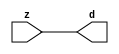

//------> ./rtl_mgc_ioport.v 
//------------------------------------------------------------------
//                M G C _ I O P O R T _ C O M P S
//------------------------------------------------------------------

//------------------------------------------------------------------
//                       M O D U L E S
//------------------------------------------------------------------

//------------------------------------------------------------------
//-- INPUT ENTITIES
//------------------------------------------------------------------

module mgc_in_wire (d, z);

  parameter integer rscid = 1;
  parameter integer width = 8;

  output [width-1:0] d;
  input  [width-1:0] z;

  wire   [width-1:0] d;

  assign d = z;

endmodule

//------------------------------------------------------------------

module mgc_in_wire_en (ld, d, lz, z);

  parameter integer rscid = 1;
  parameter integer width = 8;

  input              ld;
  output [width-1:0] d;
  output             lz;
  input  [width-1:0] z;

  wire   [width-1:0] d;
  wire               lz;

  assign d = z;
  assign lz = ld;

endmodule

//------------------------------------------------------------------

module mgc_in_wire_wait (ld, vd, d, lz, vz, z);

  parameter integer rscid = 1;
  parameter integer width = 8;

  input              ld;
  output             vd;
  output [width-1:0] d;
  output             lz;
  input              vz;
  input  [width-1:0] z;

  wire               vd;
  wire   [width-1:0] d;
  wire               lz;

  assign d = z;
  assign lz = ld;
  assign vd = vz;

endmodule
//------------------------------------------------------------------

module mgc_chan_in (ld, vd, d, lz, vz, z, size, req_size, sizez, sizelz);

  parameter integer rscid = 1;
  parameter integer width = 8;
  parameter integer sz_width = 8;

  input              ld;
  output             vd;
  output [width-1:0] d;
  output             lz;
  input              vz;
  input  [width-1:0] z;
  output [sz_width-1:0] size;
  input              req_size;
  input  [sz_width-1:0] sizez;
  output             sizelz;


  wire               vd;
  wire   [width-1:0] d;
  wire               lz;
  wire   [sz_width-1:0] size;
  wire               sizelz;

  assign d = z;
  assign lz = ld;
  assign vd = vz;
  assign size = sizez;
  assign sizelz = req_size;

endmodule


//------------------------------------------------------------------
//-- OUTPUT ENTITIES
//------------------------------------------------------------------

module mgc_out_stdreg (d, z);

  parameter integer rscid = 1;
  parameter integer width = 8;

  input    [width-1:0] d;
  output   [width-1:0] z;

  wire     [width-1:0] z;

  assign z = d;

endmodule

//------------------------------------------------------------------

module mgc_out_stdreg_en (ld, d, lz, z);

  parameter integer rscid = 1;
  parameter integer width = 8;

  input              ld;
  input  [width-1:0] d;
  output             lz;
  output [width-1:0] z;

  wire               lz;
  wire   [width-1:0] z;

  assign z = d;
  assign lz = ld;

endmodule

//------------------------------------------------------------------

module mgc_out_stdreg_wait (ld, vd, d, lz, vz, z);

  parameter integer rscid = 1;
  parameter integer width = 8;

  input              ld;
  output             vd;
  input  [width-1:0] d;
  output             lz;
  input              vz;
  output [width-1:0] z;

  wire               vd;
  wire               lz;
  wire   [width-1:0] z;

  assign z = d;
  assign lz = ld;
  assign vd = vz;

endmodule

//------------------------------------------------------------------

module mgc_out_prereg_en (ld, d, lz, z);

    parameter integer rscid = 1;
    parameter integer width = 8;

    input              ld;
    input  [width-1:0] d;
    output             lz;
    output [width-1:0] z;

    wire               lz;
    wire   [width-1:0] z;

    assign z = d;
    assign lz = ld;

endmodule

//------------------------------------------------------------------
//-- INOUT ENTITIES
//------------------------------------------------------------------

module mgc_inout_stdreg_en (ldin, din, ldout, dout, lzin, lzout, z);

    parameter integer rscid = 1;
    parameter integer width = 8;

    input              ldin;
    output [width-1:0] din;
    input              ldout;
    input  [width-1:0] dout;
    output             lzin;
    output             lzout;
    inout  [width-1:0] z;

    wire   [width-1:0] din;
    wire               lzin;
    wire               lzout;
    wire   [width-1:0] z;

    assign lzin = ldin;
    assign din = ldin ? z : {width{1'bz}};
    assign lzout = ldout;
    assign z = ldout ? dout : {width{1'bz}};

endmodule

//------------------------------------------------------------------
module hid_tribuf( I_SIG, ENABLE, O_SIG);
  parameter integer width = 8;

  input [width-1:0] I_SIG;
  input ENABLE;
  inout [width-1:0] O_SIG;

  assign O_SIG = (ENABLE) ? I_SIG : { width{1'bz}};

endmodule
//------------------------------------------------------------------

module mgc_inout_stdreg_wait (ldin, vdin, din, ldout, vdout, dout, lzin, vzin, lzout, vzout, z);

    parameter integer rscid = 1;
    parameter integer width = 8;

    input              ldin;
    output             vdin;
    output [width-1:0] din;
    input              ldout;
    output             vdout;
    input  [width-1:0] dout;
    output             lzin;
    input              vzin;
    output             lzout;
    input              vzout;
    inout  [width-1:0] z;

    wire               vdin;
    wire   [width-1:0] din;
    wire               vdout;
    wire               lzin;
    wire               lzout;
    wire   [width-1:0] z;
    wire   ldout_and_vzout;

    assign lzin = ldin;
    assign vdin = vzin;
    assign din = ldin ? z : {width{1'bz}};
    assign lzout = ldout;
    assign vdout = vzout ;
    assign ldout_and_vzout = ldout && vzout ;

    hid_tribuf #(width) tb( .I_SIG(dout),
                            .ENABLE(ldout_and_vzout),
                            .O_SIG(z) );

endmodule

//------------------------------------------------------------------

module mgc_inout_buf_wait (clk, en, arst, srst, ldin, vdin, din, ldout, vdout, dout, lzin, vzin, lzout, vzout, z);

    parameter integer rscid   = 0; // resource ID
    parameter integer width   = 8; // fifo width
    parameter         ph_clk  =  1'b1; // clock polarity 1=rising edge, 0=falling edge
    parameter         ph_en   =  1'b1; // clock enable polarity
    parameter         ph_arst =  1'b1; // async reset polarity
    parameter         ph_srst =  1'b1; // sync reset polarity

    input              clk;
    input              en;
    input              arst;
    input              srst;
    input              ldin;
    output             vdin;
    output [width-1:0] din;
    input              ldout;
    output             vdout;
    input  [width-1:0] dout;
    output             lzin;
    input              vzin;
    output             lzout;
    input              vzout;
    inout  [width-1:0] z;

    wire               lzout_buf;
    wire               vzout_buf;
    wire   [width-1:0] z_buf;
    wire               vdin;
    wire   [width-1:0] din;
    wire               vdout;
    wire               lzin;
    wire               lzout;
    wire   [width-1:0] z;

    assign lzin = ldin;
    assign vdin = vzin;
    assign din = ldin ? z : {width{1'bz}};
    assign lzout = lzout_buf & ~ldin;
    assign vzout_buf = vzout & ~ldin;
    hid_tribuf #(width) tb( .I_SIG(z_buf),
                            .ENABLE((lzout_buf && (!ldin) && vzout) ),
                            .O_SIG(z)  );

    mgc_out_buf_wait
    #(
        .rscid   (rscid),
        .width   (width),
        .ph_clk  (ph_clk),
        .ph_en   (ph_en),
        .ph_arst (ph_arst),
        .ph_srst (ph_srst)
    )
    BUFF
    (
        .clk     (clk),
        .en      (en),
        .arst    (arst),
        .srst    (srst),
        .ld      (ldout),
        .vd      (vdout),
        .d       (dout),
        .lz      (lzout_buf),
        .vz      (vzout_buf),
        .z       (z_buf)
    );


endmodule

module mgc_inout_fifo_wait (clk, en, arst, srst, ldin, vdin, din, ldout, vdout, dout, lzin, vzin, lzout, vzout, z);

    parameter integer rscid   = 0; // resource ID
    parameter integer width   = 8; // fifo width
    parameter integer fifo_sz = 8; // fifo depth
    parameter         ph_clk  = 1'b1;  // clock polarity 1=rising edge, 0=falling edge
    parameter         ph_en   = 1'b1;  // clock enable polarity
    parameter         ph_arst = 1'b1;  // async reset polarity
    parameter         ph_srst = 1'b1;  // sync reset polarity
    parameter integer ph_log2 = 3;     // log2(fifo_sz)
    parameter integer pwropt  = 0;     // pwropt

    input              clk;
    input              en;
    input              arst;
    input              srst;
    input              ldin;
    output             vdin;
    output [width-1:0] din;
    input              ldout;
    output             vdout;
    input  [width-1:0] dout;
    output             lzin;
    input              vzin;
    output             lzout;
    input              vzout;
    inout  [width-1:0] z;

    wire               lzout_buf;
    wire               vzout_buf;
    wire   [width-1:0] z_buf;
    wire               comb;
    wire               vdin;
    wire   [width-1:0] din;
    wire               vdout;
    wire               lzin;
    wire               lzout;
    wire   [width-1:0] z;

    assign lzin = ldin;
    assign vdin = vzin;
    assign din = ldin ? z : {width{1'bz}};
    assign lzout = lzout_buf & ~ldin;
    assign vzout_buf = vzout & ~ldin;
    assign comb = (lzout_buf && (!ldin) && vzout);

    hid_tribuf #(width) tb2( .I_SIG(z_buf), .ENABLE(comb), .O_SIG(z)  );

    mgc_out_fifo_wait
    #(
        .rscid   (rscid),
        .width   (width),
        .fifo_sz (fifo_sz),
        .ph_clk  (ph_clk),
        .ph_en   (ph_en),
        .ph_arst (ph_arst),
        .ph_srst (ph_srst),
        .ph_log2 (ph_log2),
        .pwropt  (pwropt)
    )
    FIFO
    (
        .clk   (clk),
        .en      (en),
        .arst    (arst),
        .srst    (srst),
        .ld      (ldout),
        .vd      (vdout),
        .d       (dout),
        .lz      (lzout_buf),
        .vz      (vzout_buf),
        .z       (z_buf)
    );

endmodule

//------------------------------------------------------------------
//-- I/O SYNCHRONIZATION ENTITIES
//------------------------------------------------------------------

module mgc_io_sync (ld, lz);

    input  ld;
    output lz;

    assign lz = ld;

endmodule

module mgc_bsync_rdy (rd, rz);

    parameter integer rscid   = 0; // resource ID
    parameter ready = 1;
    parameter valid = 0;

    input  rd;
    output rz;

    wire   rz;

    assign rz = rd;

endmodule

module mgc_bsync_vld (vd, vz);

    parameter integer rscid   = 0; // resource ID
    parameter ready = 0;
    parameter valid = 1;

    output vd;
    input  vz;

    wire   vd;

    assign vd = vz;

endmodule

module mgc_bsync_rv (rd, vd, rz, vz);

    parameter integer rscid   = 0; // resource ID
    parameter ready = 1;
    parameter valid = 1;

    input  rd;
    output vd;
    output rz;
    input  vz;

    wire   vd;
    wire   rz;

    assign rz = rd;
    assign vd = vz;

endmodule

//------------------------------------------------------------------

module mgc_sync (ldin, vdin, ldout, vdout);

  input  ldin;
  output vdin;
  input  ldout;
  output vdout;

  wire   vdin;
  wire   vdout;

  assign vdin = ldout;
  assign vdout = ldin;

endmodule

///////////////////////////////////////////////////////////////////////////////
// dummy function used to preserve funccalls for modulario
// it looks like a memory read to the caller
///////////////////////////////////////////////////////////////////////////////
module funccall_inout (d, ad, bd, z, az, bz);

  parameter integer ram_id = 1;
  parameter integer width = 8;
  parameter integer addr_width = 8;

  output [width-1:0]       d;
  input  [addr_width-1:0]  ad;
  input                    bd;
  input  [width-1:0]       z;
  output [addr_width-1:0]  az;
  output                   bz;

  wire   [width-1:0]       d;
  wire   [addr_width-1:0]  az;
  wire                     bz;

  assign d  = z;
  assign az = ad;
  assign bz = bd;

endmodule


///////////////////////////////////////////////////////////////////////////////
// inlinable modular io not otherwise found in mgc_ioport
///////////////////////////////////////////////////////////////////////////////

module modulario_en_in (vd, d, vz, z);

  parameter integer rscid = 1;
  parameter integer width = 8;

  output             vd;
  output [width-1:0] d;
  input              vz;
  input  [width-1:0] z;

  wire   [width-1:0] d;
  wire               vd;

  assign d = z;
  assign vd = vz;

endmodule

//------> ./rtl_mgc_ioport_v2001.v 
//------------------------------------------------------------------

module mgc_out_reg_pos (clk, en, arst, srst, ld, d, lz, z);

    parameter integer rscid   = 1;
    parameter integer width   = 8;
    parameter         ph_en   =  1'b1;
    parameter         ph_arst =  1'b1;
    parameter         ph_srst =  1'b1;

    input              clk;
    input              en;
    input              arst;
    input              srst;
    input              ld;
    input  [width-1:0] d;
    output             lz;
    output [width-1:0] z;

    reg                lz;
    reg    [width-1:0] z;

    generate
    if (ph_arst == 1'b0)
    begin: NEG_ARST
        always @(posedge clk or negedge arst)
        if (arst == 1'b0)
        begin: B1
            lz <= 1'b0;
            z  <= {width{1'b0}};
        end
        else if (srst == ph_srst)
        begin: B2
            lz <= 1'b0;
            z  <= {width{1'b0}};
        end
        else if (en == ph_en)
        begin: B3
            lz <= ld;
            z  <= (ld) ? d : z;
        end
    end
    else
    begin: POS_ARST
        always @(posedge clk or posedge arst)
        if (arst == 1'b1)
        begin: B1
            lz <= 1'b0;
            z  <= {width{1'b0}};
        end
        else if (srst == ph_srst)
        begin: B2
            lz <= 1'b0;
            z  <= {width{1'b0}};
        end
        else if (en == ph_en)
        begin: B3
            lz <= ld;
            z  <= (ld) ? d : z;
        end
    end
    endgenerate

endmodule

//------------------------------------------------------------------

module mgc_out_reg_neg (clk, en, arst, srst, ld, d, lz, z);

    parameter integer rscid   = 1;
    parameter integer width   = 8;
    parameter         ph_en   =  1'b1;
    parameter         ph_arst =  1'b1;
    parameter         ph_srst =  1'b1;

    input              clk;
    input              en;
    input              arst;
    input              srst;
    input              ld;
    input  [width-1:0] d;
    output             lz;
    output [width-1:0] z;

    reg                lz;
    reg    [width-1:0] z;

    generate
    if (ph_arst == 1'b0)
    begin: NEG_ARST
        always @(negedge clk or negedge arst)
        if (arst == 1'b0)
        begin: B1
            lz <= 1'b0;
            z  <= {width{1'b0}};
        end
        else if (srst == ph_srst)
        begin: B2
            lz <= 1'b0;
            z  <= {width{1'b0}};
        end
        else if (en == ph_en)
        begin: B3
            lz <= ld;
            z  <= (ld) ? d : z;
        end
    end
    else
    begin: POS_ARST
        always @(negedge clk or posedge arst)
        if (arst == 1'b1)
        begin: B1
            lz <= 1'b0;
            z  <= {width{1'b0}};
        end
        else if (srst == ph_srst)
        begin: B2
            lz <= 1'b0;
            z  <= {width{1'b0}};
        end
        else if (en == ph_en)
        begin: B3
            lz <= ld;
            z  <= (ld) ? d : z;
        end
    end
    endgenerate

endmodule

//------------------------------------------------------------------

module mgc_out_reg (clk, en, arst, srst, ld, d, lz, z); // Not Supported

    parameter integer rscid   = 1;
    parameter integer width   = 8;
    parameter         ph_clk  =  1'b1;
    parameter         ph_en   =  1'b1;
    parameter         ph_arst =  1'b1;
    parameter         ph_srst =  1'b1;

    input              clk;
    input              en;
    input              arst;
    input              srst;
    input              ld;
    input  [width-1:0] d;
    output             lz;
    output [width-1:0] z;


    generate
    if (ph_clk == 1'b0)
    begin: NEG_EDGE

        mgc_out_reg_neg
        #(
            .rscid   (rscid),
            .width   (width),
            .ph_en   (ph_en),
            .ph_arst (ph_arst),
            .ph_srst (ph_srst)
        )
        mgc_out_reg_neg_inst
        (
            .clk     (clk),
            .en      (en),
            .arst    (arst),
            .srst    (srst),
            .ld      (ld),
            .d       (d),
            .lz      (lz),
            .z       (z)
        );

    end
    else
    begin: POS_EDGE

        mgc_out_reg_pos
        #(
            .rscid   (rscid),
            .width   (width),
            .ph_en   (ph_en),
            .ph_arst (ph_arst),
            .ph_srst (ph_srst)
        )
        mgc_out_reg_pos_inst
        (
            .clk     (clk),
            .en      (en),
            .arst    (arst),
            .srst    (srst),
            .ld      (ld),
            .d       (d),
            .lz      (lz),
            .z       (z)
        );

    end
    endgenerate

endmodule




//------------------------------------------------------------------

module mgc_out_buf_wait (clk, en, arst, srst, ld, vd, d, vz, lz, z); // Not supported

    parameter integer rscid   = 1;
    parameter integer width   = 8;
    parameter         ph_clk  =  1'b1;
    parameter         ph_en   =  1'b1;
    parameter         ph_arst =  1'b1;
    parameter         ph_srst =  1'b1;

    input              clk;
    input              en;
    input              arst;
    input              srst;
    input              ld;
    output             vd;
    input  [width-1:0] d;
    output             lz;
    input              vz;
    output [width-1:0] z;

    wire               filled;
    wire               filled_next;
    wire   [width-1:0] abuf;
    wire               lbuf;


    assign filled_next = (filled & (~vz)) | (filled & ld) | (ld & (~vz));

    assign lbuf = ld & ~(filled ^ vz);

    assign vd = vz | ~filled;

    assign lz = ld | filled;

    assign z = (filled) ? abuf : d;

    wire dummy;
    wire dummy_bufreg_lz;

    // Output registers:
    mgc_out_reg
    #(
        .rscid   (rscid),
        .width   (1'b1),
        .ph_clk  (ph_clk),
        .ph_en   (ph_en),
        .ph_arst (ph_arst),
        .ph_srst (ph_srst)
    )
    STATREG
    (
        .clk     (clk),
        .en      (en),
        .arst    (arst),
        .srst    (srst),
        .ld      (filled_next),
        .d       (1'b0),       // input d is unused
        .lz      (filled),
        .z       (dummy)            // output z is unused
    );

    mgc_out_reg
    #(
        .rscid   (rscid),
        .width   (width),
        .ph_clk  (ph_clk),
        .ph_en   (ph_en),
        .ph_arst (ph_arst),
        .ph_srst (ph_srst)
    )
    BUFREG
    (
        .clk     (clk),
        .en      (en),
        .arst    (arst),
        .srst    (srst),
        .ld      (lbuf),
        .d       (d),
        .lz      (dummy_bufreg_lz),
        .z       (abuf)
    );

endmodule

//------------------------------------------------------------------

module mgc_out_fifo_wait (clk, en, arst, srst, ld, vd, d, lz, vz,  z);

    parameter integer rscid   = 0; // resource ID
    parameter integer width   = 8; // fifo width
    parameter integer fifo_sz = 8; // fifo depth
    parameter         ph_clk  = 1'b1; // clock polarity 1=rising edge, 0=falling edge
    parameter         ph_en   = 1'b1; // clock enable polarity
    parameter         ph_arst = 1'b1; // async reset polarity
    parameter         ph_srst = 1'b1; // sync reset polarity
    parameter integer ph_log2 = 3; // log2(fifo_sz)
    parameter integer pwropt  = 0; // pwropt


    input                 clk;
    input                 en;
    input                 arst;
    input                 srst;
    input                 ld;    // load data
    output                vd;    // fifo full active low
    input     [width-1:0] d;
    output                lz;    // fifo ready to send
    input                 vz;    // dest ready for data
    output    [width-1:0] z;

    wire    [31:0]      size;


      // Output registers:
 mgc_out_fifo_wait_core#(
        .rscid   (rscid),
        .width   (width),
        .sz_width (32),
        .fifo_sz (fifo_sz),
        .ph_clk  (ph_clk),
        .ph_en   (ph_en),
        .ph_arst (ph_arst),
        .ph_srst (ph_srst),
        .ph_log2 (ph_log2),
        .pwropt  (pwropt)
        ) CORE (
        .clk (clk),
        .en (en),
        .arst (arst),
        .srst (srst),
        .ld (ld),
        .vd (vd),
        .d (d),
        .lz (lz),
        .vz (vz),
        .z (z),
        .size (size)
        );

endmodule



module mgc_out_fifo_wait_core (clk, en, arst, srst, ld, vd, d, lz, vz,  z, size);

    parameter integer rscid   = 0; // resource ID
    parameter integer width   = 8; // fifo width
    parameter integer sz_width = 8; // size of port for elements in fifo
    parameter integer fifo_sz = 8; // fifo depth
    parameter         ph_clk  =  1'b1; // clock polarity 1=rising edge, 0=falling edge
    parameter         ph_en   =  1'b1; // clock enable polarity
    parameter         ph_arst =  1'b1; // async reset polarity
    parameter         ph_srst =  1'b1; // sync reset polarity
    parameter integer ph_log2 = 3; // log2(fifo_sz)
    parameter integer pwropt  = 0; // pwropt

   localparam integer  fifo_b = width * fifo_sz;

    input                 clk;
    input                 en;
    input                 arst;
    input                 srst;
    input                 ld;    // load data
    output                vd;    // fifo full active low
    input     [width-1:0] d;
    output                lz;    // fifo ready to send
    input                 vz;    // dest ready for data
    output    [width-1:0] z;
    output    [sz_width-1:0]      size;

    reg      [( (fifo_sz > 0) ? fifo_sz : 1)-1:0] stat_pre;
    wire     [( (fifo_sz > 0) ? fifo_sz : 1)-1:0] stat;
    reg      [( (fifo_b > 0) ? fifo_b : 1)-1:0] buff_pre;
    wire     [( (fifo_b > 0) ? fifo_b : 1)-1:0] buff;
    reg      [( (fifo_sz > 0) ? fifo_sz : 1)-1:0] en_l;
    reg      [(((fifo_sz > 0) ? fifo_sz : 1)-1)/8:0] en_l_s;

    reg       [width-1:0] buff_nxt;

    reg                   stat_nxt;
    reg                   stat_before;
    reg                   stat_after;
    reg                   en_l_var;

    integer               i;
    genvar                eni;

    wire [32:0]           size_t;
    reg [31:0]            count;
    reg [31:0]            count_t;
    reg [32:0]            n_elem;
// pragma translate_off
    reg [31:0]            peak;
// pragma translate_on

    wire [( (fifo_sz > 0) ? fifo_sz : 1)-1:0] dummy_statreg_lz;
    wire [( (fifo_b > 0) ? fifo_b : 1)-1:0] dummy_bufreg_lz;

    generate
    if ( fifo_sz > 0 )
    begin: FIFO_REG
      assign vd = vz | ~stat[0];
      assign lz = ld | stat[fifo_sz-1];
      assign size_t = (count - (vz && stat[fifo_sz-1])) + ld;
      assign size = size_t[sz_width-1:0];
      assign z = (stat[fifo_sz-1]) ? buff[fifo_b-1:width*(fifo_sz-1)] : d;

      always @(*)
      begin: FIFOPROC
        n_elem = 33'b0;
        for (i = fifo_sz-1; i >= 0; i = i - 1)
        begin
          if (i != 0)
            stat_before = stat[i-1];
          else
            stat_before = 1'b0;

          if (i != (fifo_sz-1))
            stat_after = stat[i+1];
          else
            stat_after = 1'b1;

          stat_nxt = stat_after &
                    (stat_before | (stat[i] & (~vz)) | (stat[i] & ld) | (ld & (~vz)));

          stat_pre[i] = stat_nxt;
          en_l_var = 1'b1;
          if (!stat_nxt)
            begin
              buff_nxt = {width{1'b0}};
              en_l_var = 1'b0;
            end
          else if (vz && stat_before)
            buff_nxt[0+:width] = buff[width*(i-1)+:width];
          else if (ld && !((vz && stat_before) || ((!vz) && stat[i])))
            buff_nxt = d;
          else
            begin
              if (pwropt == 0)
                buff_nxt[0+:width] = buff[width*i+:width];
              else
                buff_nxt = {width{1'b0}};
              en_l_var = 1'b0;
            end

          if (ph_en != 0)
            en_l[i] = en & en_l_var;
          else
            en_l[i] = en | ~en_l_var;

          buff_pre[width*i+:width] = buff_nxt[0+:width];

          if ((stat_after == 1'b1) && (stat[i] == 1'b0))
            n_elem = ($unsigned(fifo_sz) - 1) - i;
        end

        if (ph_en != 0)
          en_l_s[(((fifo_sz > 0) ? fifo_sz : 1)-1)/8] = 1'b1;
        else
          en_l_s[(((fifo_sz > 0) ? fifo_sz : 1)-1)/8] = 1'b0;

        for (i = fifo_sz-1; i >= 7; i = i - 1)
        begin
          if ((i%'d2) == 0)
          begin
            if (ph_en != 0)
              en_l_s[(i/8)-1] = en & (stat[i]|stat_pre[i-1]);
            else
              en_l_s[(i/8)-1] = en | ~(stat[i]|stat_pre[i-1]);
          end
        end

        if ( stat[fifo_sz-1] == 1'b0 )
          count_t = 32'b0;
        else if ( stat[0] == 1'b1 )
          count_t = { {(32-ph_log2){1'b0}}, fifo_sz};
        else
          count_t = n_elem[31:0];
        count = count_t;
// pragma translate_off
        if ( peak < count )
          peak = count;
// pragma translate_on
      end

      if (pwropt == 0)
      begin: NOCGFIFO
        // Output registers:
        mgc_out_reg
        #(
            .rscid   (rscid),
            .width   (fifo_sz),
            .ph_clk  (ph_clk),
            .ph_en   (ph_en),
            .ph_arst (ph_arst),
            .ph_srst (ph_srst)
        )
        STATREG
        (
            .clk     (clk),
            .en      (en),
            .arst    (arst),
            .srst    (srst),
            .ld      (1'b1),
            .d       (stat_pre),
            .lz      (dummy_statreg_lz[0]),
            .z       (stat)
        );
        mgc_out_reg
        #(
            .rscid   (rscid),
            .width   (fifo_b),
            .ph_clk  (ph_clk),
            .ph_en   (ph_en),
            .ph_arst (ph_arst),
            .ph_srst (ph_srst)
        )
        BUFREG
        (
            .clk     (clk),
            .en      (en),
            .arst    (arst),
            .srst    (srst),
            .ld      (1'b1),
            .d       (buff_pre),
            .lz      (dummy_bufreg_lz[0]),
            .z       (buff)
        );
      end
      else
      begin: CGFIFO
        // Output registers:
        if ( pwropt > 1)
        begin: CGSTATFIFO2
          for (eni = fifo_sz-1; eni >= 0; eni = eni - 1)
          begin: pwroptGEN1
            mgc_out_reg
            #(
              .rscid   (rscid),
              .width   (1),
              .ph_clk  (ph_clk),
              .ph_en   (ph_en),
              .ph_arst (ph_arst),
              .ph_srst (ph_srst)
            )
            STATREG
            (
              .clk     (clk),
              .en      (en_l_s[eni/8]),
              .arst    (arst),
              .srst    (srst),
              .ld      (1'b1),
              .d       (stat_pre[eni]),
              .lz      (dummy_statreg_lz[eni]),
              .z       (stat[eni])
            );
          end
        end
        else
        begin: CGSTATFIFO
          mgc_out_reg
          #(
            .rscid   (rscid),
            .width   (fifo_sz),
            .ph_clk  (ph_clk),
            .ph_en   (ph_en),
            .ph_arst (ph_arst),
            .ph_srst (ph_srst)
          )
          STATREG
          (
            .clk     (clk),
            .en      (en),
            .arst    (arst),
            .srst    (srst),
            .ld      (1'b1),
            .d       (stat_pre),
            .lz      (dummy_statreg_lz[0]),
            .z       (stat)
          );
        end
        for (eni = fifo_sz-1; eni >= 0; eni = eni - 1)
        begin: pwroptGEN2
          mgc_out_reg
          #(
            .rscid   (rscid),
            .width   (width),
            .ph_clk  (ph_clk),
            .ph_en   (ph_en),
            .ph_arst (ph_arst),
            .ph_srst (ph_srst)
          )
          BUFREG
          (
            .clk     (clk),
            .en      (en_l[eni]),
            .arst    (arst),
            .srst    (srst),
            .ld      (1'b1),
            .d       (buff_pre[width*eni+:width]),
            .lz      (dummy_bufreg_lz[eni]),
            .z       (buff[width*eni+:width])
          );
        end
      end
    end
    else
    begin: FEED_THRU
      assign vd = vz;
      assign lz = ld;
      assign z = d;
      assign size = ld && !vz;
    end
    endgenerate

endmodule

//------------------------------------------------------------------
//-- PIPE ENTITIES
//------------------------------------------------------------------
/*
 *
 *             _______________________________________________
 * WRITER    |                                               |          READER
 *           |           MGC_PIPE                            |
 *           |           __________________________          |
 *        --<| vdout  --<| vd ---------------  vz<|-----ldin<|---
 *           |           |      FIFO              |          |
 *        ---|>ldout  ---|>ld ---------------- lz |> ---vdin |>--
 *        ---|>dout -----|>d  ---------------- dz |> ----din |>--
 *           |           |________________________|          |
 *           |_______________________________________________|
 */
// two clock pipe
module mgc_pipe (clk, en, arst, srst, ldin, vdin, din, ldout, vdout, dout, size, req_size);

    parameter integer rscid   = 0; // resource ID
    parameter integer width   = 8; // fifo width
    parameter integer sz_width = 8; // width of size of elements in fifo
    parameter integer fifo_sz = 8; // fifo depth
    parameter integer log2_sz = 3; // log2(fifo_sz)
    parameter         ph_clk  = 1'b1;  // clock polarity 1=rising edge, 0=falling edge
    parameter         ph_en   = 1'b1;  // clock enable polarity
    parameter         ph_arst = 1'b1;  // async reset polarity
    parameter         ph_srst = 1'b1;  // sync reset polarity
    parameter integer pwropt  = 0; // pwropt

    input              clk;
    input              en;
    input              arst;
    input              srst;
    input              ldin;
    output             vdin;
    output [width-1:0] din;
    input              ldout;
    output             vdout;
    input  [width-1:0] dout;
    output [sz_width-1:0]      size;
    input              req_size;


    mgc_out_fifo_wait_core
    #(
        .rscid    (rscid),
        .width    (width),
        .sz_width (sz_width),
        .fifo_sz  (fifo_sz),
        .ph_clk   (ph_clk),
        .ph_en    (ph_en),
        .ph_arst  (ph_arst),
        .ph_srst  (ph_srst),
        .ph_log2  (log2_sz),
        .pwropt   (pwropt)
    )
    FIFO
    (
        .clk     (clk),
        .en      (en),
        .arst    (arst),
        .srst    (srst),
        .ld      (ldout),
        .vd      (vdout),
        .d       (dout),
        .lz      (vdin),
        .vz      (ldin),
        .z       (din),
        .size    (size)
    );

endmodule


//------> ./rtl.v 
// ----------------------------------------------------------------------
//  HLS HDL:        Verilog Netlister
//  HLS Version:    2011a.126 Production Release
//  HLS Date:       Wed Aug  8 00:52:07 PDT 2012
// 
//  Generated by:   lb3314@EEWS104A-019
//  Generated date: Tue Mar 24 17:03:23 2015
// ----------------------------------------------------------------------

// 
// ------------------------------------------------------------------
//  Design Unit:    edge_core
// ------------------------------------------------------------------


module edge_core (
  clk, en, arst_n, vin_rsc_mgc_in_wire_d, vout_rsc_mgc_out_stdreg_d
);
  input clk;
  input en;
  input arst_n;
  input [89:0] vin_rsc_mgc_in_wire_d;
  output [29:0] vout_rsc_mgc_out_stdreg_d;


  // Interconnect Declarations
  reg [8:0] regs_regs_1_sg3_sva;
  reg [9:0] regs_regs_1_sg1_sva;
  reg [9:0] regs_regs_1_sg5_sva;
  reg [9:0] ACC1_asn_itm;
  reg [9:0] ACC1_asn_2_itm;
  reg [8:0] ACC1_asn_3_itm;
  reg [9:0] reg_vout_rsc_mgc_out_stdreg_d_tmp;
  wire [10:0] nl_reg_vout_rsc_mgc_out_stdreg_d_tmp;
  wire [10:0] ACC1_acc_5_itm;
  wire [11:0] nl_ACC1_acc_5_itm;


  // Interconnect Declarations for Component Instantiations 
  assign vout_rsc_mgc_out_stdreg_d = {reg_vout_rsc_mgc_out_stdreg_d_tmp , reg_vout_rsc_mgc_out_stdreg_d_tmp
      , reg_vout_rsc_mgc_out_stdreg_d_tmp};
  assign nl_ACC1_acc_5_itm = ({ACC1_asn_itm , 1'b1}) + ({ACC1_asn_2_itm , 1'b1});
  assign ACC1_acc_5_itm = nl_ACC1_acc_5_itm[10:0];
  always @(posedge clk or negedge arst_n) begin
    if ( ~ arst_n ) begin
      ACC1_asn_3_itm <= 9'b0;
      ACC1_asn_itm <= 10'b0;
      ACC1_asn_2_itm <= 10'b0;
      regs_regs_1_sg3_sva <= 9'b0;
      regs_regs_1_sg5_sva <= 10'b0;
      regs_regs_1_sg1_sva <= 10'b0;
      reg_vout_rsc_mgc_out_stdreg_d_tmp <= 10'b0;
    end
    else begin
      if ( en ) begin
        ACC1_asn_3_itm <= regs_regs_1_sg3_sva;
        ACC1_asn_itm <= regs_regs_1_sg1_sva;
        ACC1_asn_2_itm <= regs_regs_1_sg5_sva;
        regs_regs_1_sg3_sva <= vin_rsc_mgc_in_wire_d[58:50];
        regs_regs_1_sg5_sva <= vin_rsc_mgc_in_wire_d[89:80];
        regs_regs_1_sg1_sva <= vin_rsc_mgc_in_wire_d[29:20];
        reg_vout_rsc_mgc_out_stdreg_d_tmp <= nl_reg_vout_rsc_mgc_out_stdreg_d_tmp[9:0];
      end
    end
  end
  assign nl_reg_vout_rsc_mgc_out_stdreg_d_tmp  = ({((readslicef_10_9_1((({(~ (vin_rsc_mgc_in_wire_d[58:50]))
      , 1'b1}) + ({ACC1_asn_3_itm , 1'b1})))) + (ACC1_acc_5_itm[10:2])) , (readslicef_2_1_1((({(ACC1_acc_5_itm[1])
      , 1'b1}) + 2'b11)))}) + (readslicef_11_10_1((({(~ (vin_rsc_mgc_in_wire_d[29:20]))
      , 1'b1}) + ({(~ (vin_rsc_mgc_in_wire_d[89:80])) , 1'b1}))));

  function [8:0] readslicef_10_9_1;
    input [9:0] vector;
    reg [9:0] tmp;
  begin
    tmp = vector >> 1;
    readslicef_10_9_1 = tmp[8:0];
  end
  endfunction


  function [0:0] readslicef_2_1_1;
    input [1:0] vector;
    reg [1:0] tmp;
  begin
    tmp = vector >> 1;
    readslicef_2_1_1 = tmp[0:0];
  end
  endfunction


  function [9:0] readslicef_11_10_1;
    input [10:0] vector;
    reg [10:0] tmp;
  begin
    tmp = vector >> 1;
    readslicef_11_10_1 = tmp[9:0];
  end
  endfunction

endmodule

// ------------------------------------------------------------------
//  Design Unit:    edge_0
//  Generated from file(s):
//    4) $PROJECT_HOME/edge.c
// ------------------------------------------------------------------


module edge_0 (
  vin_rsc_z, vout_rsc_z, clk, en, arst_n
);
  input [89:0] vin_rsc_z;
  output [29:0] vout_rsc_z;
  input clk;
  input en;
  input arst_n;


  // Interconnect Declarations
  wire [89:0] vin_rsc_mgc_in_wire_d;
  wire [29:0] vout_rsc_mgc_out_stdreg_d;


  // Interconnect Declarations for Component Instantiations 
  mgc_in_wire #(.rscid(1),
  .width(90)) vin_rsc_mgc_in_wire (
      .d(vin_rsc_mgc_in_wire_d),
      .z(vin_rsc_z)
    );
  mgc_out_stdreg #(.rscid(2),
  .width(30)) vout_rsc_mgc_out_stdreg (
      .d(vout_rsc_mgc_out_stdreg_d),
      .z(vout_rsc_z)
    );
  edge_core edge_core_inst (
      .clk(clk),
      .en(en),
      .arst_n(arst_n),
      .vin_rsc_mgc_in_wire_d(vin_rsc_mgc_in_wire_d),
      .vout_rsc_mgc_out_stdreg_d(vout_rsc_mgc_out_stdreg_d)
    );
endmodule